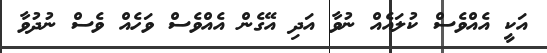
އަކީ އެއްވެސް ކުލައެއް ނުވާ އަދި އޭގެން އެއްވެސް ވަހެއް ވެސް ނުދުވާ